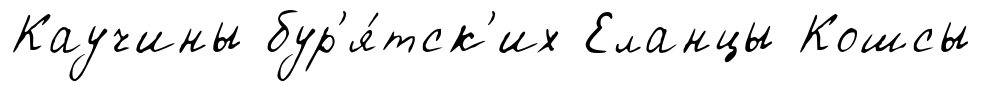
Каучины бур'я́тск'их Еланцы Кошсы